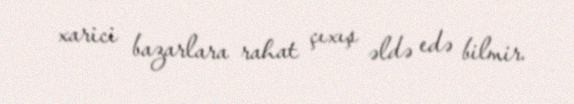
xarici bazarlara rahat çıxış əldə edə bilmir.